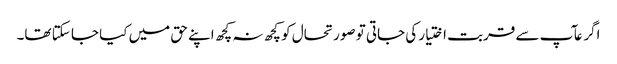
اگر عآپ سے قربت اختیار کی جاتی تو صورتحال کو کچھ نہ کچھ اپنے حق میں کیا جا سکتا تھا۔